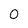
Character: 0